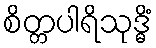
စိတ္တပါရိသုဒ္ဓိံ